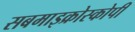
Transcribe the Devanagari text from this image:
सबमाइक्रोस्कोपी